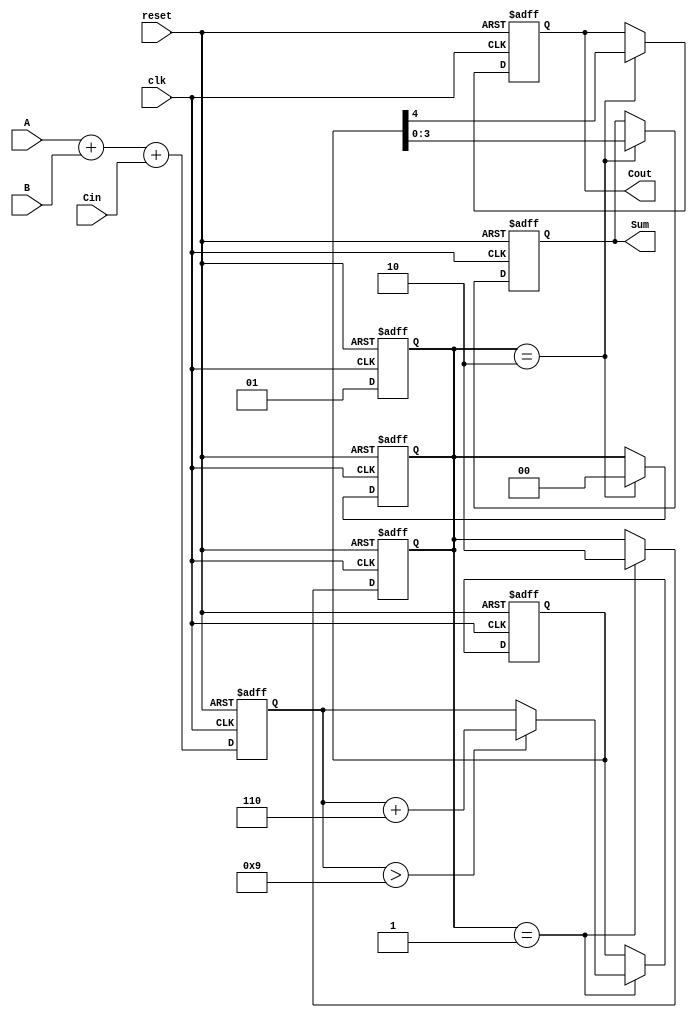
module BCD_Pipelined_Adder (
    input wire [3:0] A,      // BCD input A
    input wire [3:0] B,      // BCD input B
    input wire Cin,          // Carry-in
    input wire clk,          // Clock
    input wire reset,        // Reset signal
    output reg [3:0] Sum,    // BCD output Sum
    output reg Cout          // Carry-out
);

    // Intermediate signals
    reg [4:0] raw_sum;       // 5-bit to accommodate carry
    reg [4:0] corrected_sum; // 5-bit for corrected BCD sum
    reg [1:0] stage;         // Pipeline stage register

    // Stage 1: Raw addition
    always @(posedge clk or posedge reset) begin
        if (reset) begin
            raw_sum <= 5'b0;
            stage <= 2'b00;
        end else begin
            raw_sum <= A + B + Cin; // Perform binary addition
            stage <= 2'b01;          // Move to next stage
        end
    end

    // Stage 2: BCD correction
    always @(posedge clk or posedge reset) begin
        if (reset) begin
            corrected_sum <= 5'b0;
            stage <= 2'b00;
        end else if (stage == 2'b01) begin
            // Check if correction is needed
            if (raw_sum > 9) begin
                corrected_sum <= raw_sum + 5'b0110; // Add 6 for BCD correction
            end else begin
                corrected_sum <= raw_sum; // No correction needed
            end
            stage <= 2'b10; // Move to next stage
        end
    end

    // Stage 3: Output stage
    always @(posedge clk or posedge reset) begin
        if (reset) begin
            Sum <= 4'b0;
            Cout <= 1'b0;
            stage <= 2'b00;
        end else if (stage == 2'b10) begin
            Sum <= corrected_sum[3:0]; // Take lower 4 bits as Sum
            Cout <= corrected_sum[4];   // Take the carry-out
            stage <= 2'b00; // Reset stage for next operation
        end
    end

endmodule